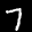
Label: 7